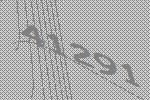
41291